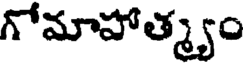
గోమాహాత్మ్యం